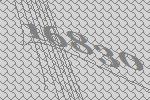
16830